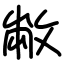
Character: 敝